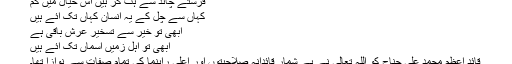
فرشتے چاند سے ہٹ کر ہیں اس خیال میں گُم
کہاں سے چل کے یہ انسان کہاں تک آئے ہیں
ابھی تو خیر سے تسخیرِ عرش باقی ہے
ابھی تو اہلِ زمیں آسماں تک آئے ہیں
قائدِ اعظم محمد علی جناح کو اللہ تعالیٰ نے بے شمار قائدانہ صلاحیتوں اور اعلیٰ راہنما کی تمام صفات سے نوازا تھا۔